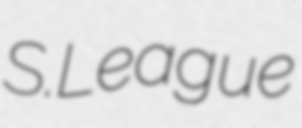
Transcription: S.League